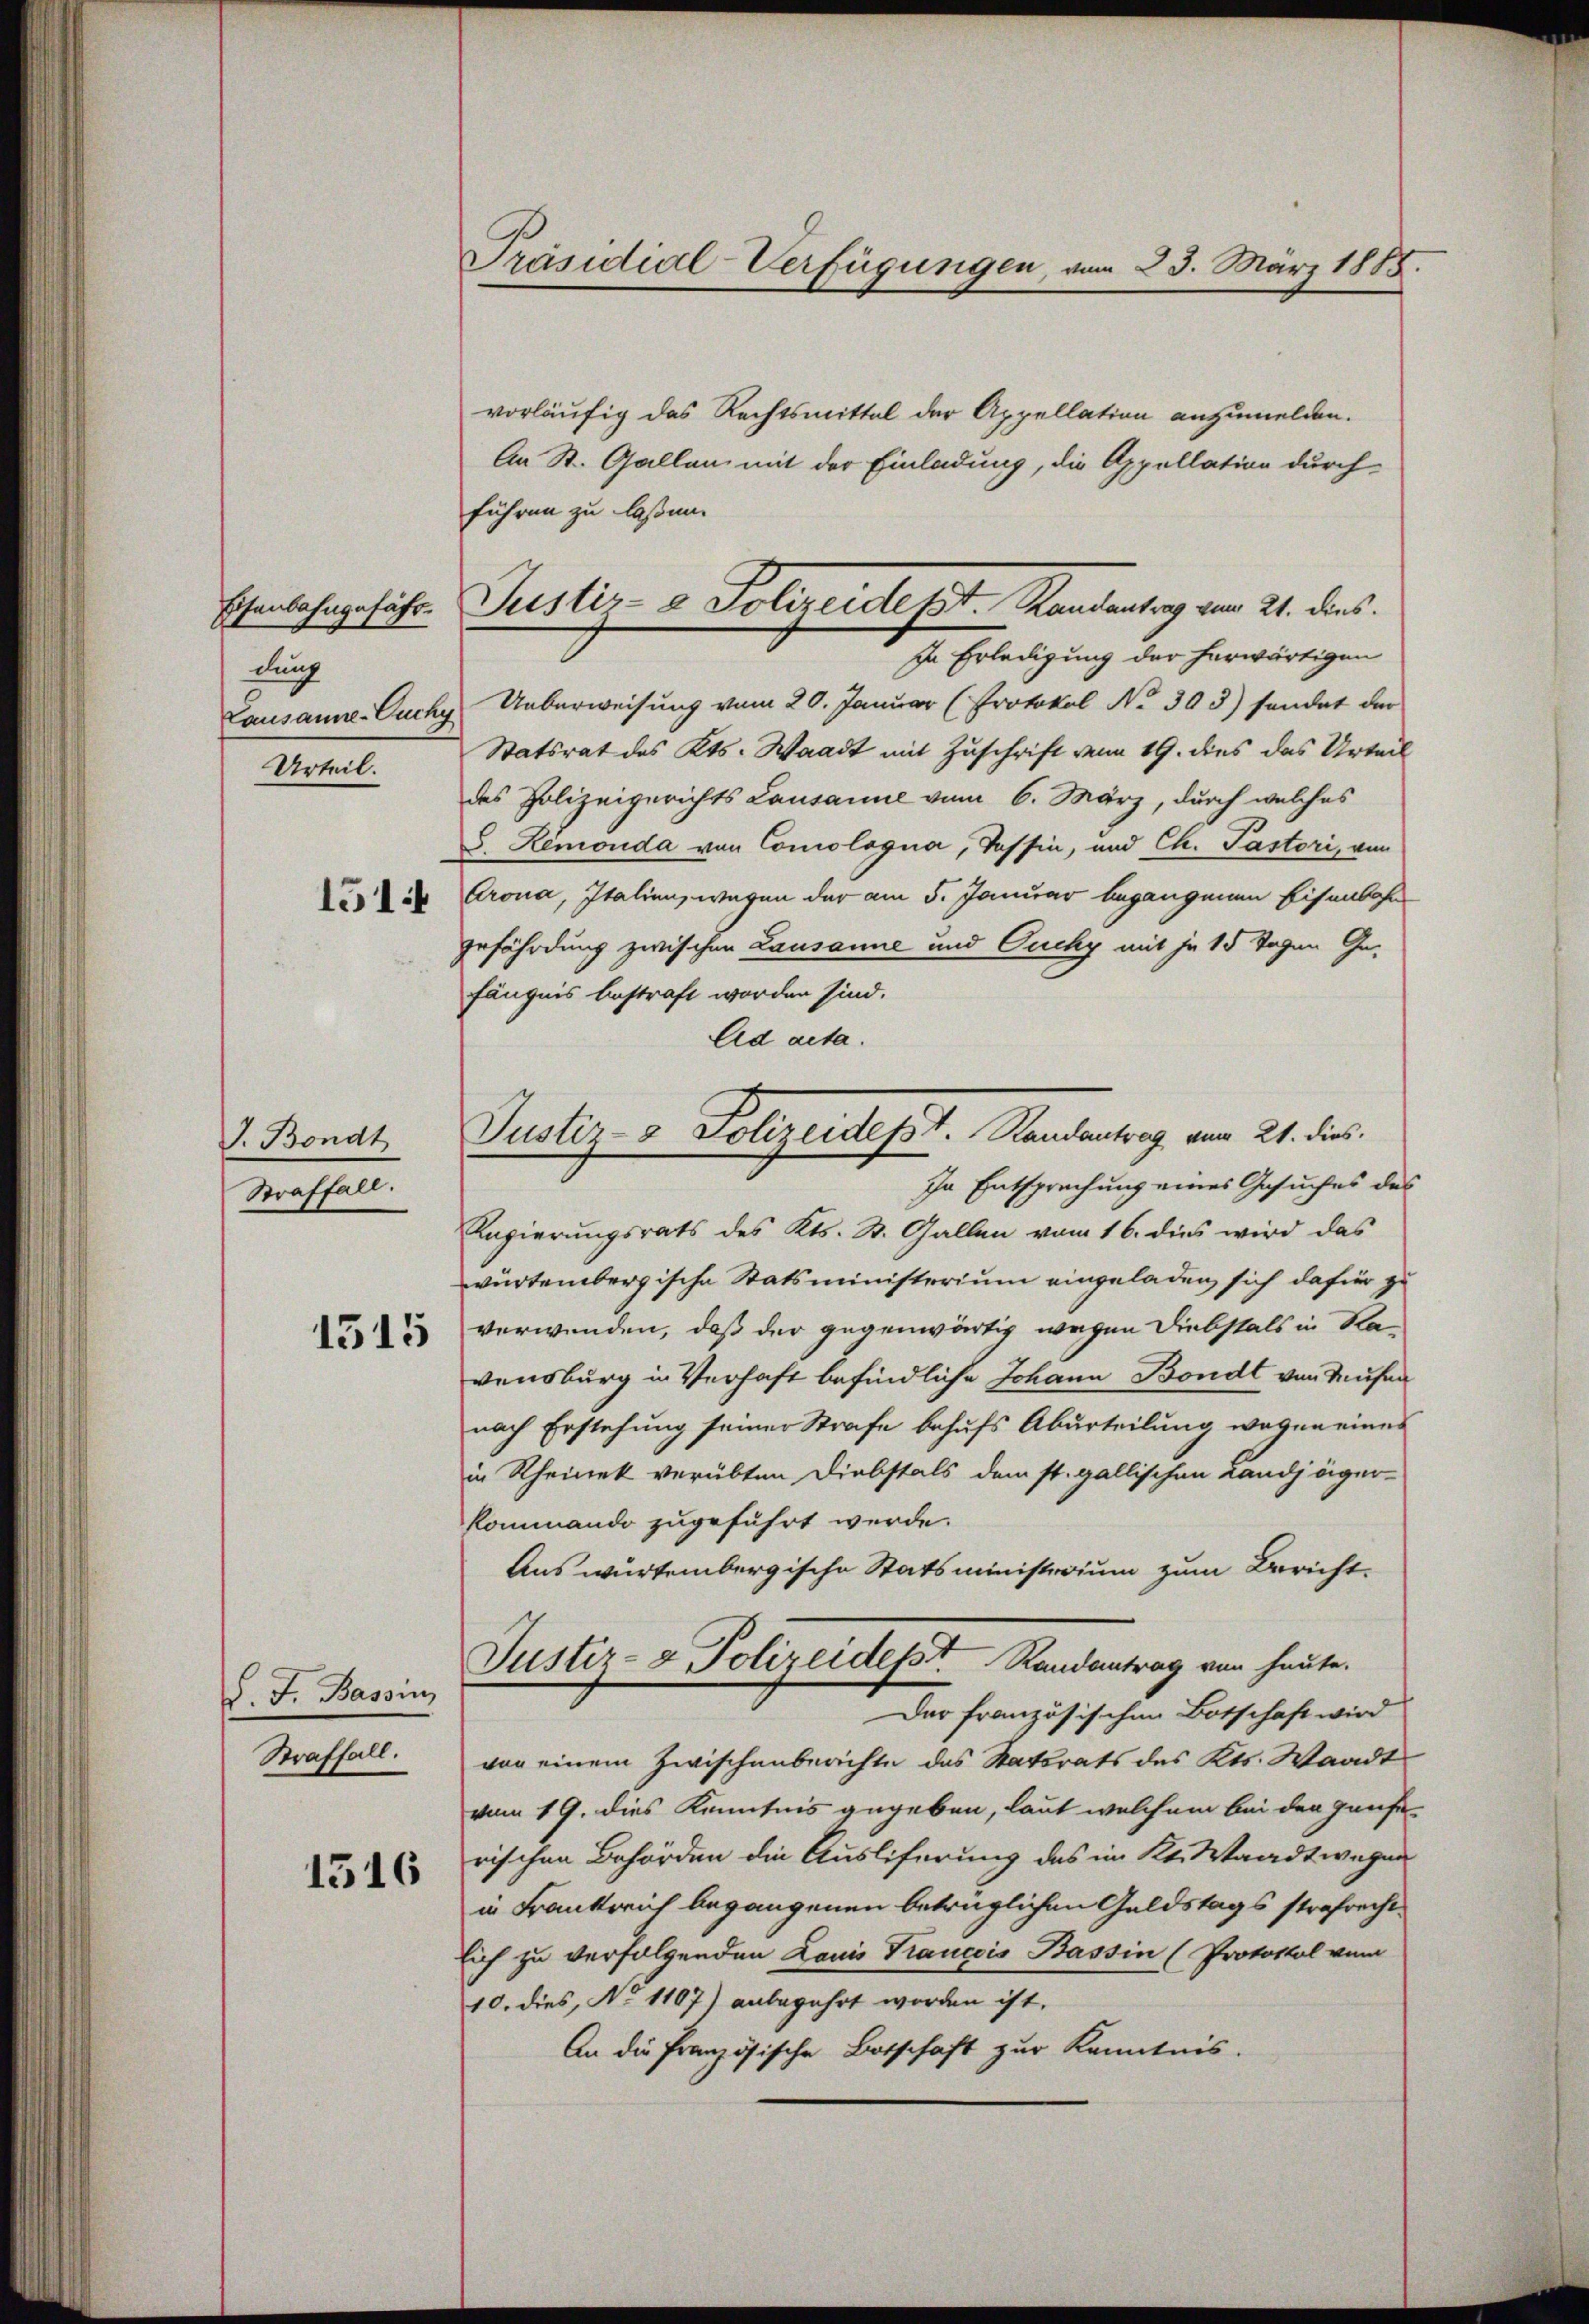
Eisenbahngefähr
durch
Lausanne-Cuchy
Urteil.

1514

J. Bondt
Straffall.

1515

J. J. Bassin,
Straffall.

1516

Präsidial-Verfügungen, vom 23. März 1888.

Justiz- & Polizeidesst. Handentrag vom 21. ders.

Justiz- & Polizeidest. Standentrag vom 21. dies
In Entsprechung eines Gesuches des

vorläufig das Rechtsmittel der Appellation anzumelden.
An St. Gallen mit der Einladung, die Appellation durch
führen zu laßen.
In Erledigung der herwärtigen
Ueberweisung vom 20. Januar (Protokol No 303) sondet der
Statsrat des Kts. Waadt mit Zuschrift vom 19. dies das Urteil
des Polizeigerichts Lausanne vom 6. März, durch welches
6 Remonda von Comologia, Tessin, und Ch. Pastori, von
Arona, Italien, wegen der am 5. Januar begangenen Eisenbahn
gefährdung zwischen Lausanne und Ouchy mit je 15 Tagen Gefängnis bestraft worden sind.
Ad acta.
Engierungsrats des Kts. St. Gallen vom 16. dies wird das
würtembergische Statsministerium eingeladen sich dafür zu
verwenden, daß der gegenwärtig wegen Diebstals in Ra-
vensburg in Verhaft befindliche Johann Bondt von Musen
nach Erstehung seiner Strafe behufs Aburteilung wegen eines
in Rheinek verübten Diebstals dem st. gallischen Landjäger-
kommando zugeführt werde.
Aus würtembergische Statsministerium zum Bericht.
Justiz- & Polizeidept. Randantrag von heute.
Der französischen Botschaft wird
von einem Zwischenberichte des Statsrats des Kts. Waadt
vom 19. dies Kenntnis gegeben, laut welchem bei den Hanse-
rischen Behörden die Ausliferung des im Kt. Waadtwegen
in Frankreich begangenen beträglichen Geldstags strafrecht
lich zu verfolgenden Louis Francois Bassin (Protokol vom
10. dies, No 1107) anbegehrt worden ist.
An die französische Botschaft zur Kenntnis.